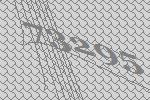
73295